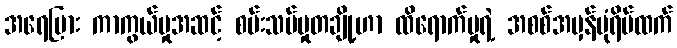
အရေပြား ကာကွယ်မှုအဆင့် စမ်းသပ်မှုတချို့ဟာ ထိရောက်မှုရဲ့ အစစ်အမှန်ပုံရိပ်ထက်